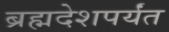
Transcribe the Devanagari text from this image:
ब्रह्मदेशपर्यंत